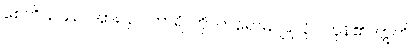
စေတိယဿ၊ အား။ ဥပဟာရံ၊ ကို။ ကရောမ၊ ပြုလိုပါကုန်၏။ ဣတိ၊